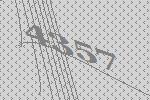
4357